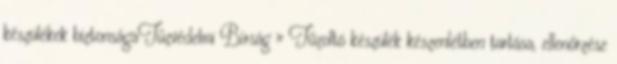
készülékek biztonságaTűzvédelmi Bírság » Tűzoltó készülék készenlétben tartása, ellenőrzése